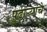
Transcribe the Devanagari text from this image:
पुढाऱ्यांचे